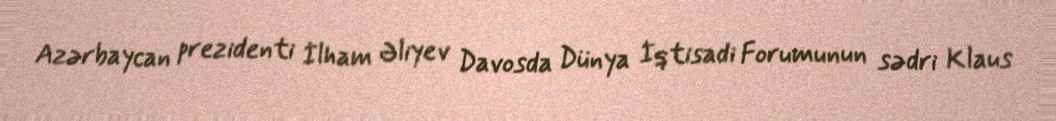
Azərbaycan prezidenti İlham Əliyev Davosda Dünya İqtisadi Forumunun sədri Klaus